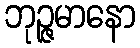
ဘုဉ္ဇမာနော